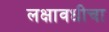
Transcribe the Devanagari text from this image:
लक्षावधीचा